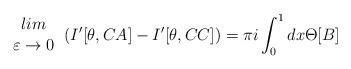
LaTeX: \begin{align*}\begin{array}{c}lim\\\varepsilon \rightarrow 0\end{array}\left( I'[\theta ,CA]-I'[\theta ,CC]\right) =\pi i\int ^{1}_{0}dx\Theta [B]\end{align*}